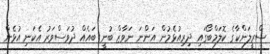
ސްރީލަންކާގެ ކޮލަމްބޯގައި ދިރިއުޅެމުން އަންނަ ނަވާޒް ބުނީ ބައެއް ދުވަސްވަރު އެކަނި އުޅެން